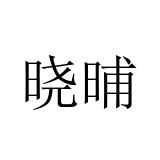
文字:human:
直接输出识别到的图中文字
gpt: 晓晡